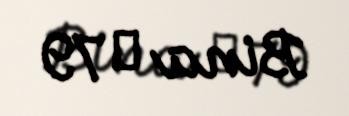
Bina № 79